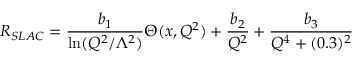
R _ { S L A C } = { \frac { b _ { 1 } } { \ln ( Q ^ { 2 } / \Lambda ^ { 2 } ) } } \Theta ( x , Q ^ { 2 } ) + { \frac { b _ { 2 } } { Q ^ { 2 } } } + { \frac { b _ { 3 } } { Q ^ { 4 } + ( 0 . 3 ) ^ { 2 } } }